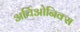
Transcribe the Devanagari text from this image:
अर्चिओनिक्स